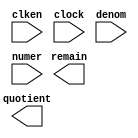
// megafunction wizard: %LPM_DIVIDE%VBB%
// GENERATION: STANDARD
// VERSION: WM1.0
// MODULE: LPM_DIVIDE 

// ============================================================
// Megafunction Name(s):
// 			LPM_DIVIDE
//
// Simulation Library Files(s):
// 			lpm
// ============================================================
// ************************************************************
// THIS IS A WIZARD-GENERATED FILE. DO NOT EDIT THIS FILE!
//
// 18.1.0 Build 625 09/12/2018 SJ Lite Edition
// ************************************************************

//Copyright (C) 2018  Intel Corporation. All rights reserved.
//Your use of Intel Corporation's design tools, logic functions 
//and other software and tools, and its AMPP partner logic 
//functions, and any output files from any of the foregoing 
//(including device programming or simulation files), and any 
//associated documentation or information are expressly subject 
//to the terms and conditions of the Intel Program License 
//Subscription Agreement, the Intel Quartus Prime License Agreement,
//the Intel FPGA IP License Agreement, or other applicable license
//agreement, including, without limitation, that your use is for
//the sole purpose of programming logic devices manufactured by
//Intel and sold by Intel or its authorized distributors.  Please
//refer to the applicable agreement for further details.

module div_k (
	clken,
	clock,
	denom,
	numer,
	quotient,
	remain);

	input	  clken;
	input	  clock;
	input	[9:0]  denom;
	input	[17:0]  numer;
	output	[17:0]  quotient;
	output	[9:0]  remain;

endmodule

// ============================================================
// CNX file retrieval info
// ============================================================
// Retrieval info: PRIVATE: INTENDED_DEVICE_FAMILY STRING "MAX 10"
// Retrieval info: PRIVATE: PRIVATE_LPM_REMAINDERPOSITIVE STRING "TRUE"
// Retrieval info: PRIVATE: PRIVATE_MAXIMIZE_SPEED NUMERIC "-1"
// Retrieval info: PRIVATE: SYNTH_WRAPPER_GEN_POSTFIX STRING "0"
// Retrieval info: PRIVATE: USING_PIPELINE NUMERIC "1"
// Retrieval info: PRIVATE: VERSION_NUMBER NUMERIC "2"
// Retrieval info: PRIVATE: new_diagram STRING "1"
// Retrieval info: LIBRARY: lpm lpm.lpm_components.all
// Retrieval info: CONSTANT: LPM_DREPRESENTATION STRING "UNSIGNED"
// Retrieval info: CONSTANT: LPM_HINT STRING "LPM_REMAINDERPOSITIVE=TRUE"
// Retrieval info: CONSTANT: LPM_NREPRESENTATION STRING "UNSIGNED"
// Retrieval info: CONSTANT: LPM_PIPELINE NUMERIC "3"
// Retrieval info: CONSTANT: LPM_TYPE STRING "LPM_DIVIDE"
// Retrieval info: CONSTANT: LPM_WIDTHD NUMERIC "10"
// Retrieval info: CONSTANT: LPM_WIDTHN NUMERIC "18"
// Retrieval info: USED_PORT: clken 0 0 0 0 INPUT NODEFVAL "clken"
// Retrieval info: USED_PORT: clock 0 0 0 0 INPUT NODEFVAL "clock"
// Retrieval info: USED_PORT: denom 0 0 10 0 INPUT NODEFVAL "denom[9..0]"
// Retrieval info: USED_PORT: numer 0 0 18 0 INPUT NODEFVAL "numer[17..0]"
// Retrieval info: USED_PORT: quotient 0 0 18 0 OUTPUT NODEFVAL "quotient[17..0]"
// Retrieval info: USED_PORT: remain 0 0 10 0 OUTPUT NODEFVAL "remain[9..0]"
// Retrieval info: CONNECT: @clken 0 0 0 0 clken 0 0 0 0
// Retrieval info: CONNECT: @clock 0 0 0 0 clock 0 0 0 0
// Retrieval info: CONNECT: @denom 0 0 10 0 denom 0 0 10 0
// Retrieval info: CONNECT: @numer 0 0 18 0 numer 0 0 18 0
// Retrieval info: CONNECT: quotient 0 0 18 0 @quotient 0 0 18 0
// Retrieval info: CONNECT: remain 0 0 10 0 @remain 0 0 10 0
// Retrieval info: GEN_FILE: TYPE_NORMAL div_k.v TRUE
// Retrieval info: GEN_FILE: TYPE_NORMAL div_k.inc FALSE
// Retrieval info: GEN_FILE: TYPE_NORMAL div_k.cmp FALSE
// Retrieval info: GEN_FILE: TYPE_NORMAL div_k.bsf FALSE
// Retrieval info: GEN_FILE: TYPE_NORMAL div_k_inst.v FALSE
// Retrieval info: GEN_FILE: TYPE_NORMAL div_k_bb.v TRUE
// Retrieval info: LIB_FILE: lpm